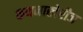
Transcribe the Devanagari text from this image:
कथनाखेरीज